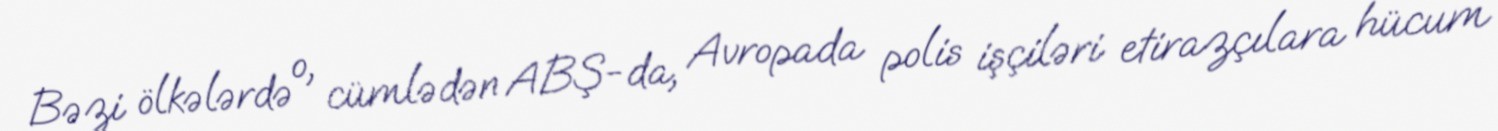
Bəzi ölkələrdə o, cümlədən ABŞ-da, Avropada polis işçiləri etirazçılara hücum